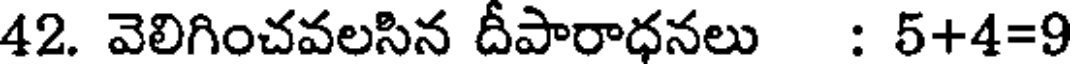
42. వెలిగించవలసిన దీపారాధనలు : 5+4=9